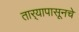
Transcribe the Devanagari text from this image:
तार्‍यापासूनचे